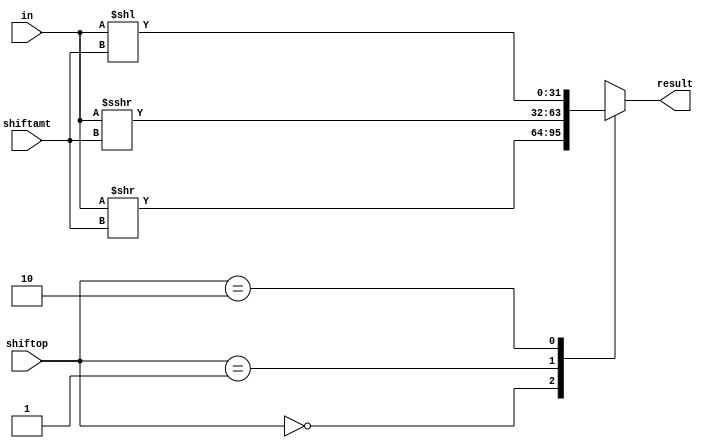
module Shifter (
    input     [31:0]     in,
    input     [1:0]      shiftop,
    input     [4:0]      shiftamt,
    output    [31:0]     result
);

    reg    [31:0]    result_reg;

    assign result = result_reg;

    always @(*) begin
        case (shiftop)
            2'b00:   result_reg <= in >> shiftamt;
            2'b01:   result_reg <= $signed(in) >>> shiftamt;
            2'b10:   result_reg <= in << shiftamt;
            default: result_reg <= 32'hXXXX_XXXX;
        endcase
    end

endmodule